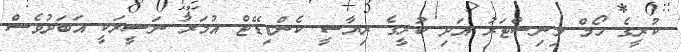
ކުރީގެ ހޯމް މިނިސްޓަރު އަދި ކުރީގެ ރިޔާސީ ކެންޑިޑޭޓް އުމަރު ނަސީރަކީ އަބަދުވެސް